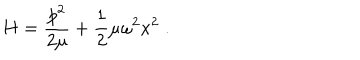
H = \frac { p ^ { 2 } } { 2 \mu } + \frac { 1 } { 2 } \mu \omega ^ { 2 } x ^ { 2 } \; .